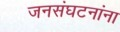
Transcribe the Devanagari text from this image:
जनसंघटनांना